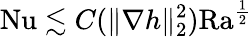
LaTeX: \mathrm{{Nu}}\lesssim C(\| \nabla h\| _{2}^{2})\mathrm{{Ra}}^{\frac 12}